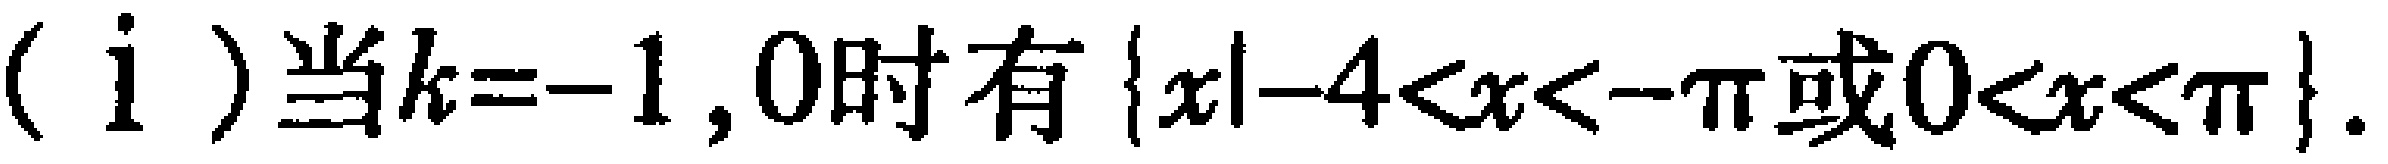
(i)当$k = -1,0$时有$\{x|-4 < x < -\pi或0 < x < \pi\}$.